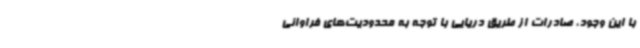
با این وجود، صادرات از طریق دریایی با توجه به محدودیت‌های فراوانی